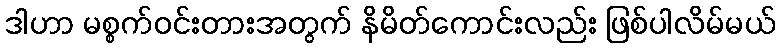
ဒါဟာ မစ္စက်ဝင်းတားအတွက် နိမိတ်ကောင်းလည်း ဖြစ်ပါလိမ်မယ်